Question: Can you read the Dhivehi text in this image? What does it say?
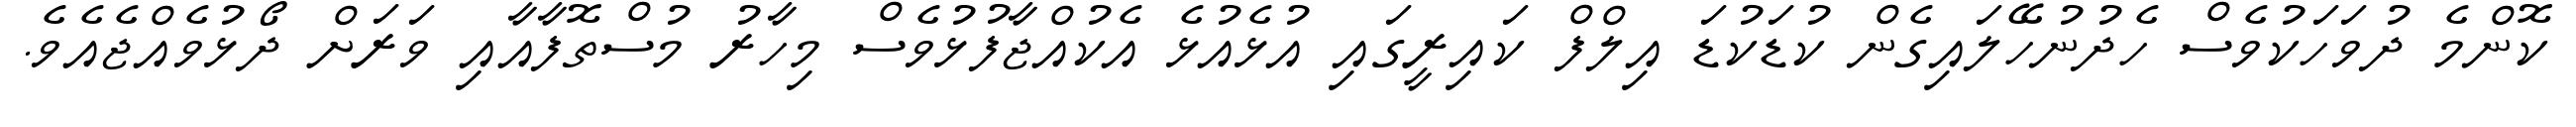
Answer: ކޮންމެ ދުވަހަކުވެސް ހެދުނުހޭލައިގެން ކުޑަކުޑަ އިލްފް ކައިރީގައި އުޅެއުޅެ އެކުއްޖާފުޅުވެސް މިހާރު މުސްތޮފާއާއި ވަރަށް ދޯޅުވެއްޖެއެވެ.